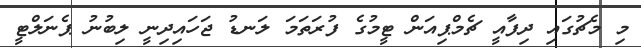
މި މެޗުގައި ދިފާއީ ޗެމްޕިއަން ޓީމުގެ ފުރަތަމަ ލަނޑު ޖަހައިދިނީ ލިބުނު ޕެނަލްޓީ